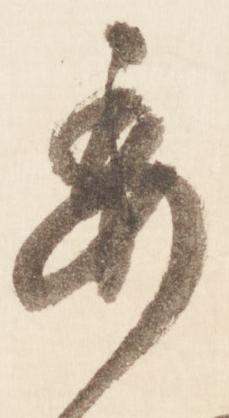
委